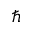
\hbar